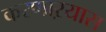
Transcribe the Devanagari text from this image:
करणाऱयास